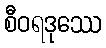
စီဝရဒုဿေ